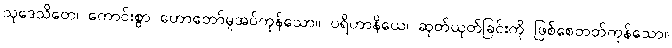
သုဒေသိတေ၊ ကောင်းစွာ ဟောတော်မူအပ်ကုန်သော။ ပရိဟာနိယေ၊ ဆုတ်ယုတ်ခြင်းကို ဖြစ်စေတတ်ကုန်သော။